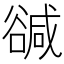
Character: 𧯃